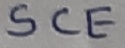
Text: SCE